Vaccination report Assam 1874-1896 - 1874-1896
Year: 1874
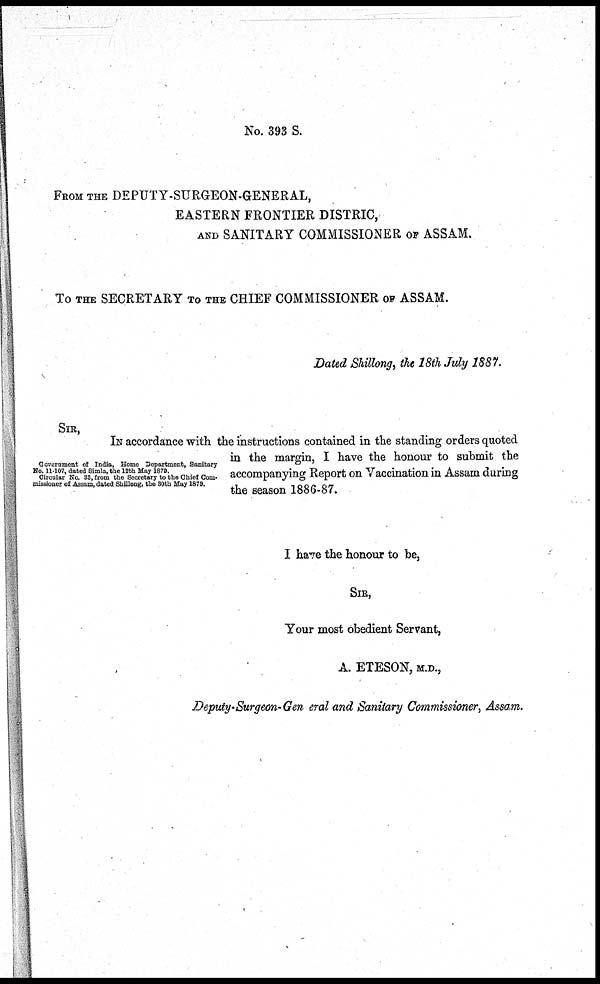
No. 393 S.
FROM THE DEPUTY-SURGEON-GENERAL,
EASTERN FRONTIER DISTRIC,
AND SANITARY COMMISSIONER OF ASSAM.
To THE SECRETARY TO THE CHIEF COMMISSIONER OF ASSAM.
Dated Shillong, the 18th July 1887.
Government of India, Home Department, Sanitary
No. 11-107, dated Simla, the 12th May 1879.
Circular No. 83, from the Secretary to the Chief Com-
missioner of Assam, dated Shillong, the 30th May 1879.
SIR,
IN accordance with the instructions contained in the standing orders quoted
in the margin, I have the honour to submit the
accompanying Report on Vaccination in Assam during
the season 1886-87.
I have the honour to be,
SIR,
Your most obedient Servant,
A. ETESON, M.D.,
Deputy-Surgeon-Gen eral and Sanitary Commissioner, Assam,